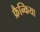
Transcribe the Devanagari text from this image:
फ्रैन्किया